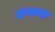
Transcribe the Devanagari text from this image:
क्रमबध